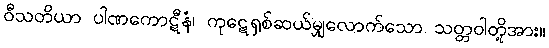
ဝီသတိယာ ပါဏကောဋီနံ၊ ကုဋေရှစ်ဆယ်မျှလောက်သော သတ္တဝါတို့အား။